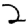
Digit: 2